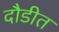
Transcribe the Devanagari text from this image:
दौडीत